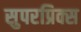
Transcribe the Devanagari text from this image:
सुपरप्रिक्स